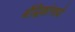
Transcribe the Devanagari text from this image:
बौद्धिकांमध्ये